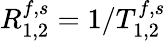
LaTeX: R_{1,2}^{f,s}=1/T_{1,2}^{f,s}